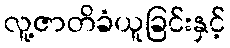
လူ့ဇာတိခံယူခြင်းနှင့်